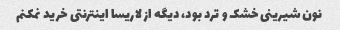
نون شیرینی خشک و ترد بود، دیگه از لاریسا اینترنتی خرید نمکنم